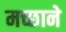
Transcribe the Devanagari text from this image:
मच्छाने